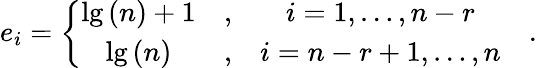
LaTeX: e_{i}=\left\{ \begin{array}{ccc}{{\lg\left(n\right)+1}}&{{,}}&{{i=1,\ldots,n-r}}\\ {{\lg\left(n\right)}}&{{,}}&{{i=n-r+1,\ldots,n}}\end{array}\right.\quad.